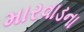
મારવાડના